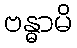
ဗန္ဓာမိ